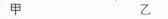
甲 乙